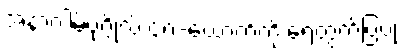
အနာဂါမ်ပုဂ္ဂိုလ် ၄၈-ယောက်ကို ရေတွက်ပြပုံ